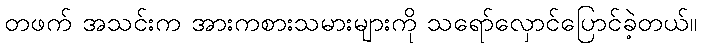
တဖက် အသင်းက အားကစားသမားများကို သရော်လှောင်ပြောင်ခဲ့တယ်။